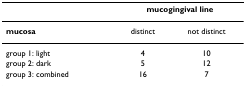
<table><thead><tr><td>[EMPTY_CELL]</td><td colspan="2"><b>mucogingival line</b></td></tr></thead><tbody><tr><td><b>mucosa</b></td><td>distinct</td><td>not distinct</td></tr><tr><td>group 1: light</td><td>4</td><td>10</td></tr><tr><td>group 2: dark</td><td>5</td><td>12</td></tr><tr><td>group 3: combined</td><td>16</td><td>7</td></tr></tbody></table>